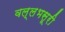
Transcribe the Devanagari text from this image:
वल्लभसूरी